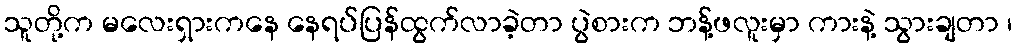
သူတို့က မလေးရှားကနေ နေရပ်ပြန်ထွက်လာခဲ့တာ ပွဲစားက ဘန့်ဖလူးမှာ ကားနဲ့ သွားချတာ ၊